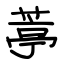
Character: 葶